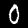
Digit: 0